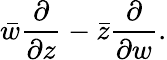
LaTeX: {\bar{w}}{\frac{\partial}{\partial z}}-{\bar{z}}{\frac{\partial}{\partial w}}.